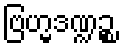
ဗြဟ္မဒဏ္ဍဉ္စ